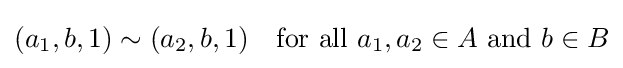
(a_{1},b,1)\sim (a_{2},b,1)\quad {\mbox{for all }}a_{1},a_{2}\in A{\mbox{ and }}b\in B